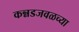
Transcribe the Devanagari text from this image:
कन्नडजवळच्या